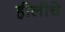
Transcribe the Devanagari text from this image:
हीलीचे